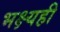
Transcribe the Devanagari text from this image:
भक्ष्यही